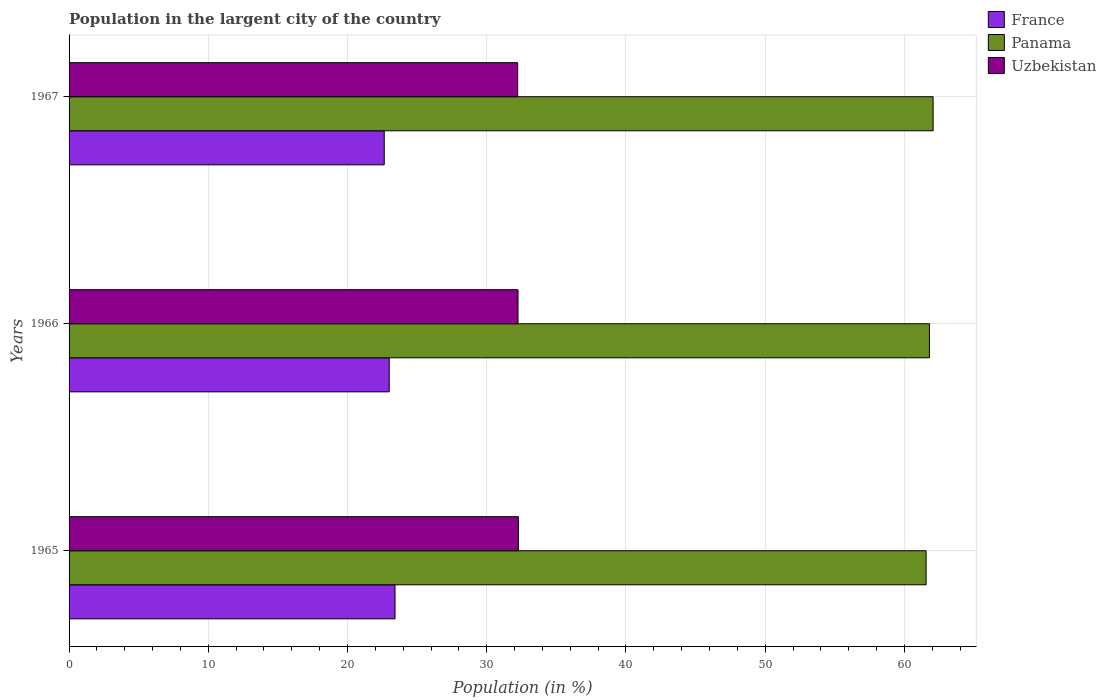
| Years | France | Panama | Uzbekistan |
 | --- | --- | --- | --- |
 | 1965 | 23.4 | 61.6 | 32.3 |
 | 1966 | 23 | 61.8 | 32.2 |
 | 1967 | 22.6 | 62.1 | 32.2 |